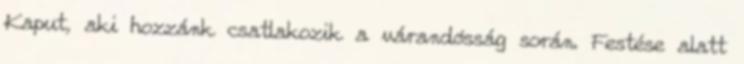
Kaput, aki hozzánk csatlakozik a várandósság során. Festése alatt